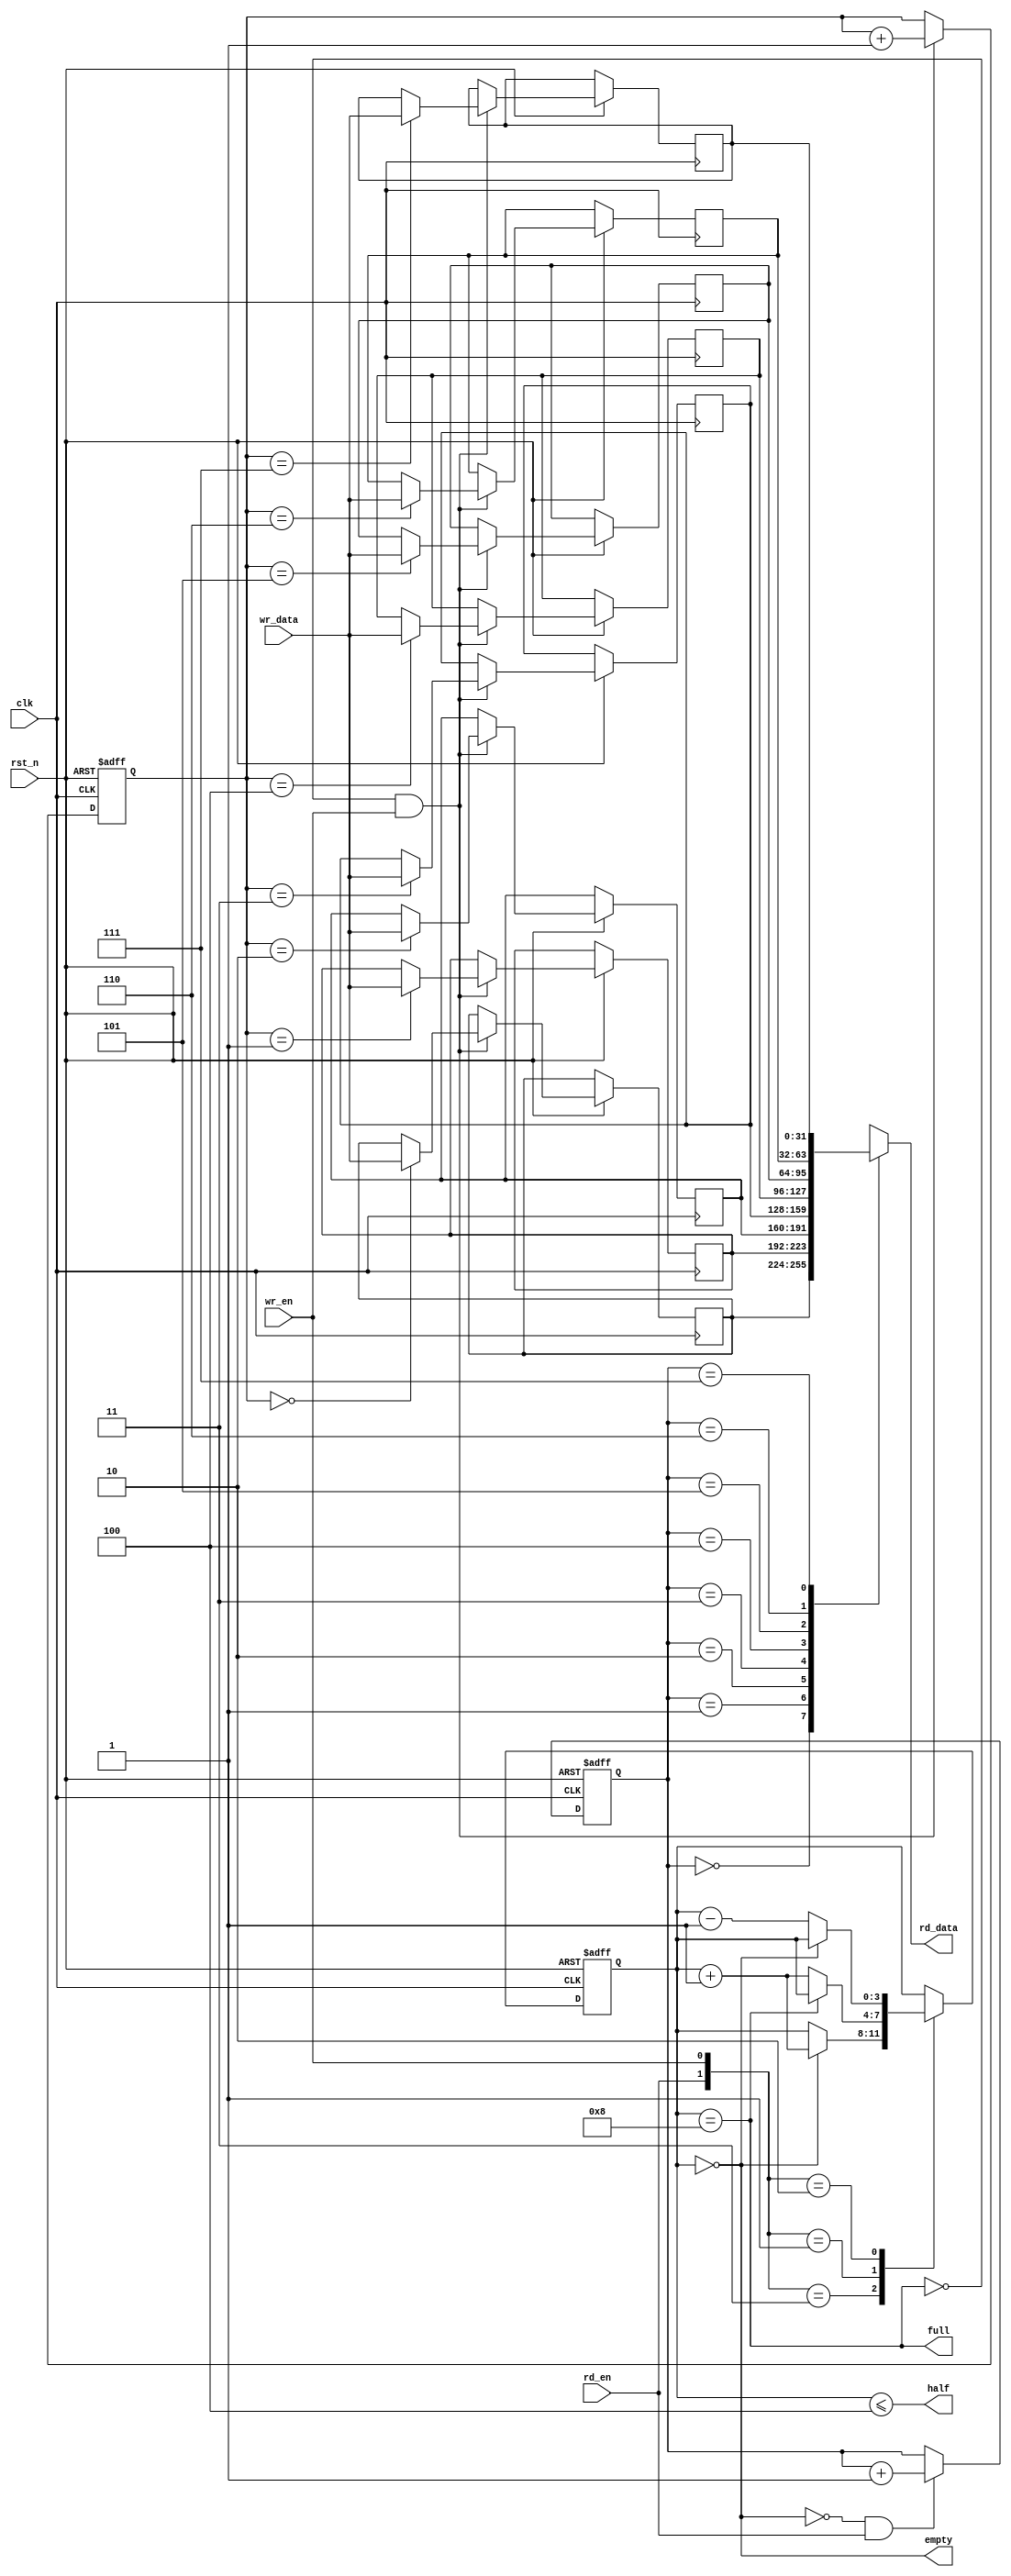
`timescale 1ns/1ps

module async_fifo
#(
    parameter DATA_DEPTH = 8,
    parameter DATA_WIDTH = 32
)(
    input clk,
    input rst_n,
    input rd_en,
    input wr_en,
    input [DATA_WIDTH - 1:0] wr_data,
    output [DATA_WIDTH - 1:0] rd_data,
    output full,
    output empty,
    output half
);
    reg [$clog2(DATA_DEPTH):0] counter;
    reg [DATA_WIDTH - 1:0] data [0:DATA_DEPTH - 1];
    reg [$clog2(DATA_DEPTH) - 1:0] wr_ptr;
    reg [$clog2(DATA_DEPTH) - 1:0] rd_ptr;

    assign full = (counter == DATA_DEPTH);
    assign empty = (counter == 0);
    assign half = (counter <= (DATA_DEPTH / 2));
    assign rd_data = data[rd_ptr];
    
    initial begin
        counter <= 0;
        wr_ptr <= 0;
        rd_ptr <= 0;
    end

    always @(posedge clk or negedge rst_n) begin
        if(!rst_n) begin
           wr_ptr <= 0; 
        end
        else if(!full & wr_en) begin
            wr_ptr <= wr_ptr + 1;
            data[wr_ptr] <= wr_data;
        end
    end

    always @(posedge clk or negedge rst_n) begin
        if(!rst_n) begin
           rd_ptr <= 0; 
        end
        else if(!empty & rd_en) begin
            rd_ptr <= rd_ptr + 1;
        end
    end

    always @(posedge clk or negedge rst_n) begin
        if(!rst_n) begin
            counter <= 0;
        end
        else begin
            case({rd_en, wr_en})
            2'b00: counter <= counter;
            2'b11: begin
                if(empty) begin
                    counter <= counter + 1;
                end
            end
            2'b01: begin
                if(!full) begin
                    counter <= counter + 1;
                end
            end
            2'b10: begin
                if(!empty) begin
                    counter <= counter - 1;
                end
            end
            endcase
        end
    end
endmodule







module async_fifo_comparator
#(
    parameter DATA_DEPTH = 8,
    parameter DATA_WIDTH = 32
)(
    input clk,
    input rst_n,
    input rd_en,
    input wr_en,
    input [DATA_WIDTH - 1:0] wr_data,
    output [DATA_WIDTH - 1:0] rd_data,
    output full,
    output empty,
    output half,

    input [4:0] i_rs1,
    input [4:0] i_rs2,
    input i_rs1en,
    input i_rs2en,
    output o_result
);
    reg [$clog2(DATA_DEPTH):0] counter;
    reg [DATA_WIDTH - 1:0] data [0:DATA_DEPTH - 1];
    reg [$clog2(DATA_DEPTH) - 1:0] wr_ptr;
    reg [$clog2(DATA_DEPTH) - 1:0] rd_ptr;
    reg rd_valid [DATA_DEPTH - 1:0];
    reg wr_valid [DATA_DEPTH - 1:0];
    wire [DATA_DEPTH - 1:0] valid;
    wire [DATA_DEPTH - 1:0] rs1_valid;
    wire [DATA_DEPTH - 1:0] rs2_valid;

    assign full = (counter == DATA_DEPTH);
    assign empty = (counter == 0);
    assign half = (counter <= (DATA_DEPTH / 2));
    assign rd_data = data[rd_ptr];
    assign o_result = (|{rs1_valid} & i_rs1en & (i_rs1 != 0)) | (|{rs2_valid} & i_rs2en & (i_rs2 != 0));

    genvar i;
    generate for(i = 0; i < DATA_DEPTH; i = i + 1) begin
        assign valid[i] = rd_valid[i] ^ wr_valid[i];
        assign rs1_valid[i] = (i_rs1 == data[i]) & valid[i];
        assign rs2_valid[i] = (i_rs2 == data[i]) & valid[i];
    end     
    endgenerate
        
    integer j;
    initial begin
        counter <= 0;
        wr_ptr <= 0;
        rd_ptr <= 0;
        for(j = 0; j <= DATA_DEPTH; j = j + 1) begin: label0
            data[j] <= 0;
            rd_valid[j] <= 0;
            wr_valid[j] <= 0;
        end
    end

    always @(posedge clk or negedge rst_n) begin
        if(!rst_n) begin
            wr_ptr <= 0;
            for(j = 0; j <= DATA_DEPTH; j = j + 1) begin
                wr_valid[j] <= 0;
            end
        end
        else if(!full&  & wr_en) begin
            wr_ptr <= wr_ptr + 1;
            data[wr_ptr] <= wr_data;
            wr_valid[wr_ptr] <= ~wr_valid[wr_ptr];
        end
    end

    always @(posedge clk or negedge rst_n) begin
        if(!rst_n) begin
           rd_ptr <= 0; 
            for(j = 0; j <= DATA_DEPTH; j = j + 1) begin
                rd_valid[j] <= 0;
            end
        end
        else if(!empty & rd_en) begin
            rd_ptr <= rd_ptr + 1;
            rd_valid[rd_ptr] <= ~rd_valid[rd_ptr];
        end
    end

    always @(posedge clk or negedge rst_n) begin
        if(!rst_n) begin
            counter <= 0;
        end
        else begin
            case({rd_en, wr_en})
            2'b00, 2'b11: counter <= counter;
            2'b01: begin
                if(!full) begin
                    counter <= counter + 1;
                end
            end
            2'b10: begin
                if(!empty) begin
                    counter <= counter - 1;
                end
            end
            endcase
        end
    end
endmodule






module sync_fifo
#(
    parameter DATA_DEPTH = 8,
    parameter DATA_WIDTH = 32
)(
    input clk,
    input rst_n,
    input rd_en,
    input wr_en,
    input [DATA_WIDTH - 1:0] wr_data,
    output [DATA_WIDTH - 1:0] rd_data,
    output full,
    output empty,
    output half,
    output reg [$clog2(DATA_DEPTH):0] counter
);
    reg [DATA_WIDTH - 1:0] data [0:DATA_DEPTH - 1];
    reg [$clog2(DATA_DEPTH) - 1:0] wr_ptr;
    reg [$clog2(DATA_DEPTH) - 1:0] rd_ptr;

    assign full = (counter == DATA_DEPTH);
    assign empty = (counter == 0);
    assign half = (counter <= (DATA_DEPTH / 2));
    assign rd_data = data[rd_ptr];
    
    initial begin
        counter <= 0;
        wr_ptr <= 0;
        rd_ptr <= 0;
    end

    always @(posedge clk) begin
        if(!rst_n) begin
           wr_ptr <= 0; 
        end
        else if(!full & wr_en) begin
            wr_ptr <= wr_ptr + 1;
            data[wr_ptr] <= wr_data;
        end
    end

    always @(posedge clk) begin
        if(!rst_n) begin
           rd_ptr <= 0; 
        end
        else if(!empty & rd_en) begin
            rd_ptr <= rd_ptr + 1;
        end
    end

    always @(posedge clk) begin
        if(!rst_n) begin
            counter <= 0;
        end
        else begin
            case({rd_en, wr_en})
            2'b00: counter <= counter;
            2'b11: begin
                if(empty) begin
                    counter <= counter + 1;
                end
            end
            2'b01: begin
                if(!full) begin
                    counter <= counter + 1;
                end
            end
            2'b10: begin
                if(!empty) begin
                    counter <= counter - 1;
                end
            end
            endcase
        end
    end
endmodule